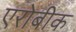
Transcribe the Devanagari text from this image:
एरोबीक